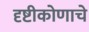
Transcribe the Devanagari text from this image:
दृष्टीकोणाचे